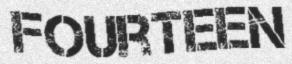
FOURTEEN